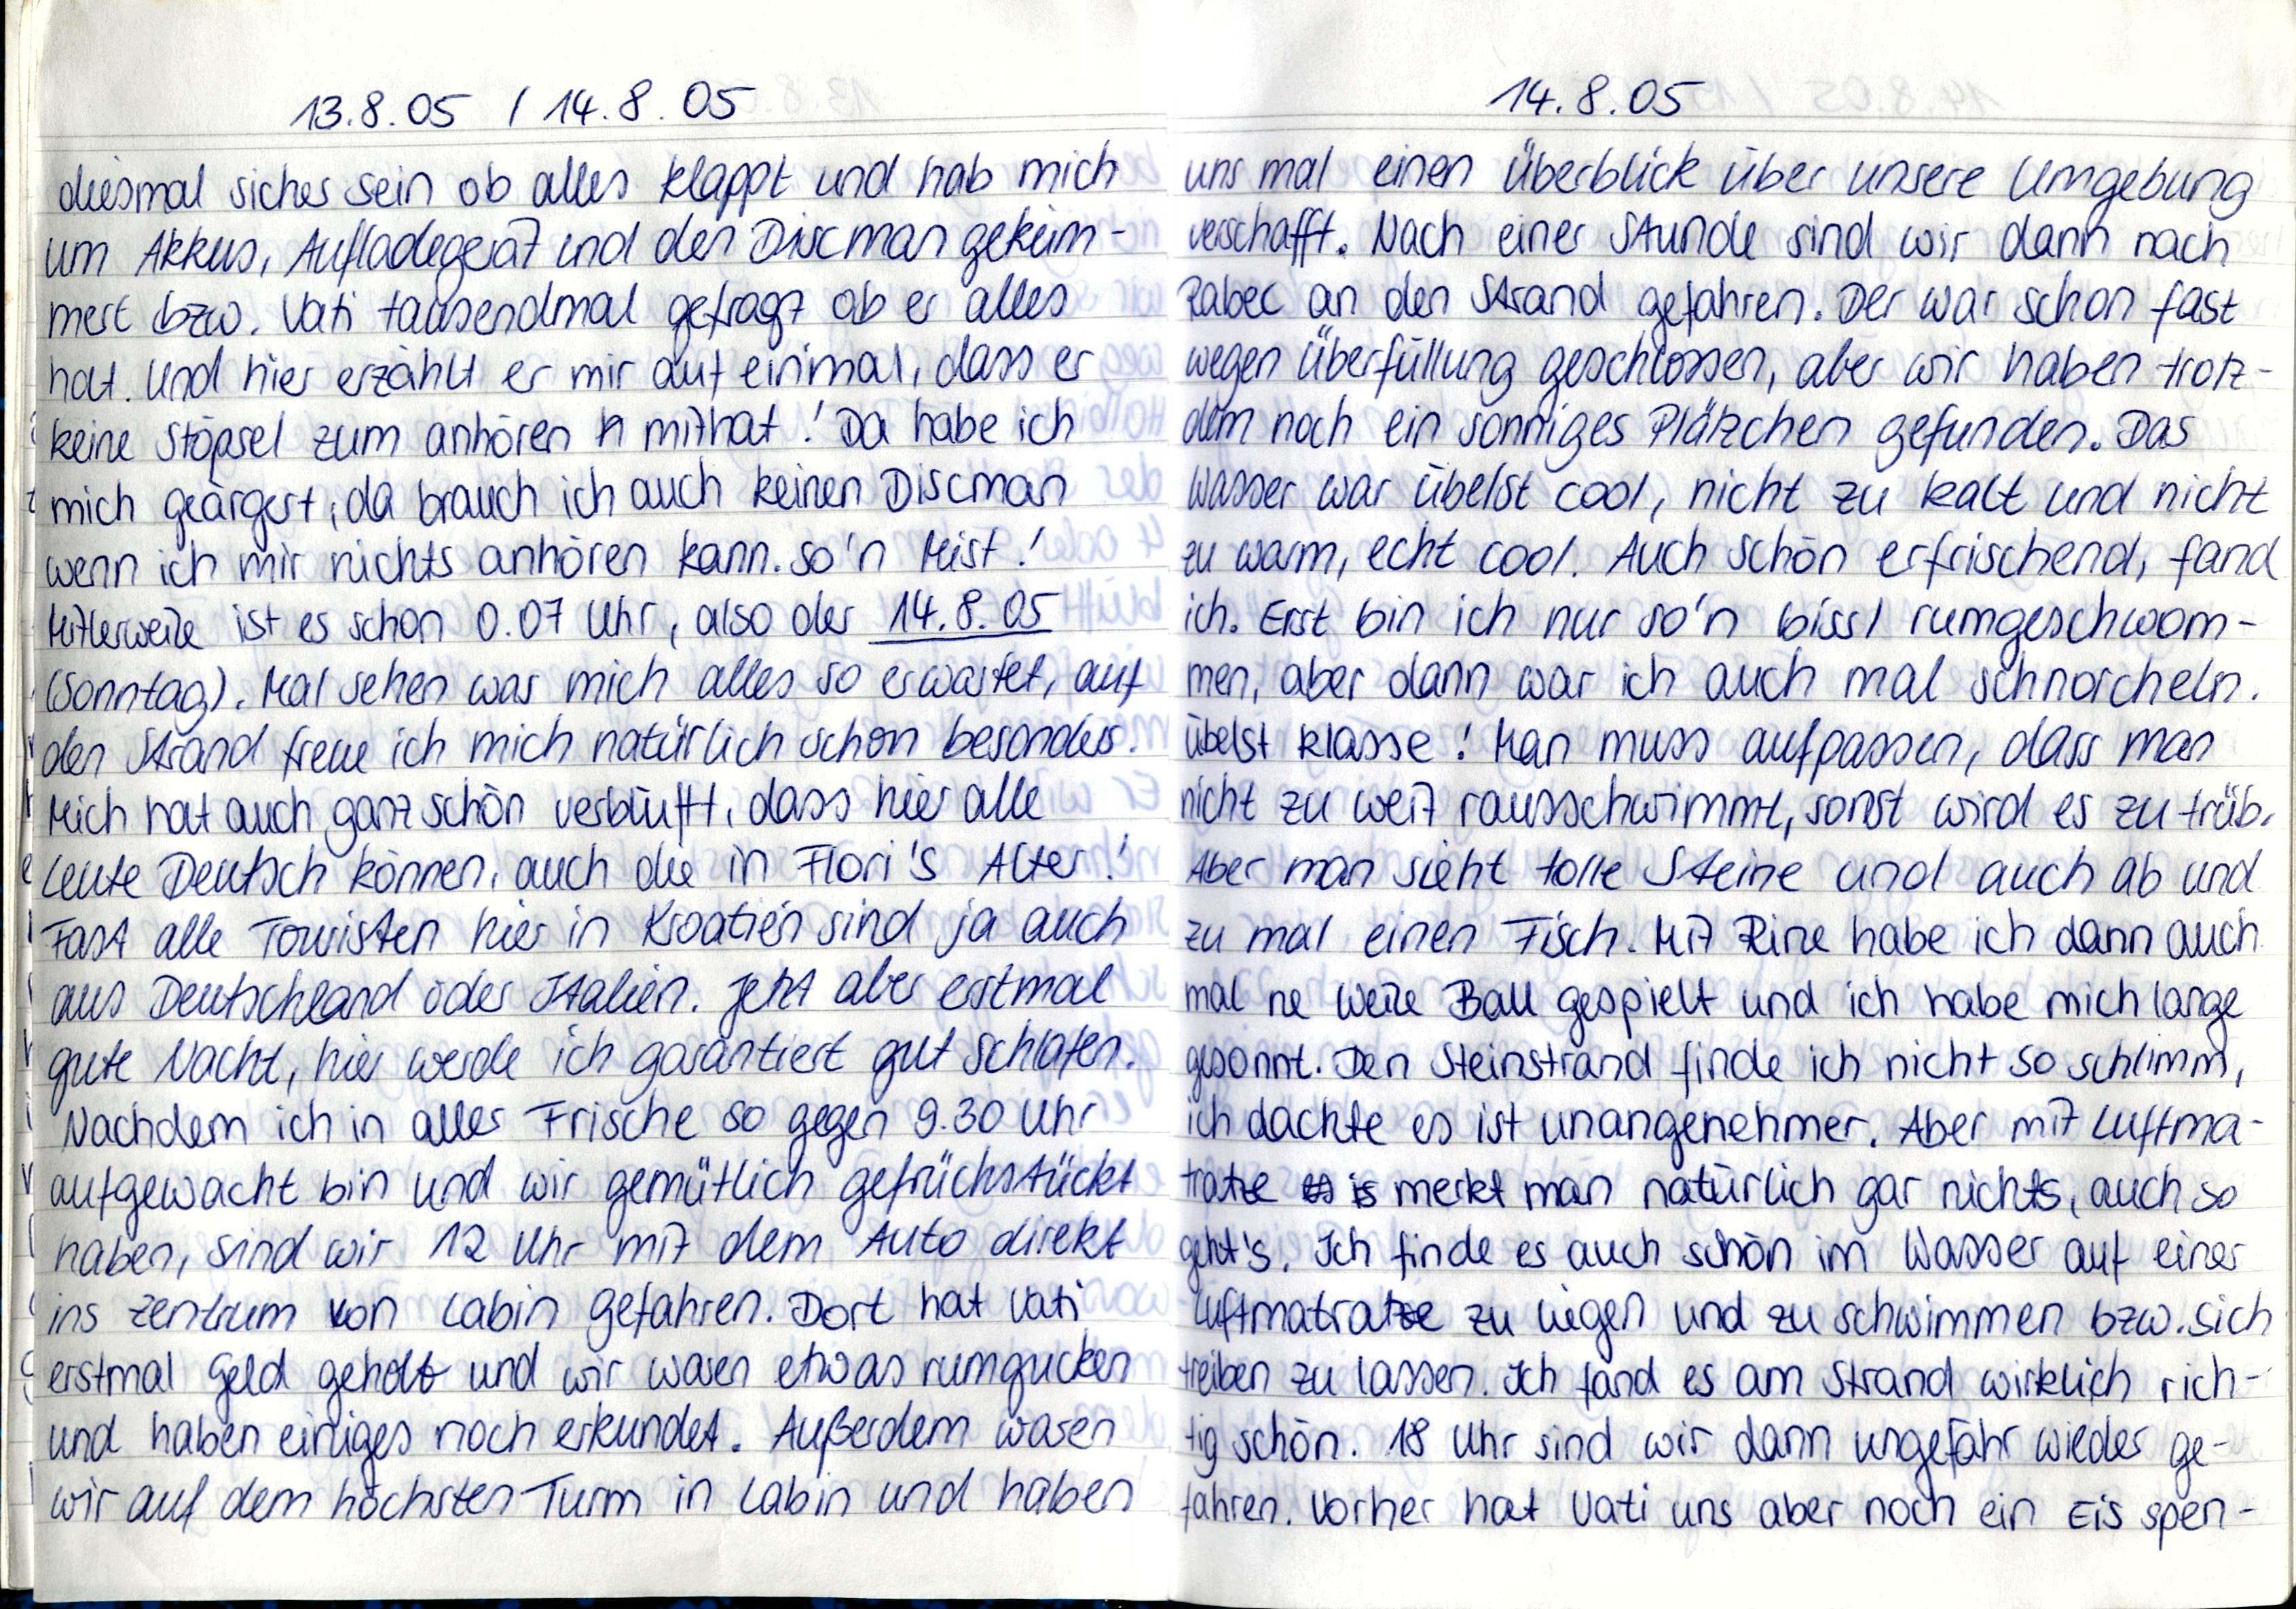
13.8.05 / 14.8.05
diesmal sicher sein ob alles klappt und hab mich
um Akkus, Aufladegerät und den Discman geküm-
mert bzw. Vati tausendmal gefragt ob er alles
hat. Und hier erzählt er mir auf einmal, dass er
keine Stöpsel zum anhören mithat! Da habe ich
mich geärgert, da brauch ich auch keinen Discman
wenn ich mir nichts anhören kann. So'n Mist!
Mittlerweile ist es schon 0.07 Uhr, also der 14.8.05
(Sonntag). Mal sehen was mich alles so erwartet, auf
den Strand freue ich mich natürlich schon besonders.
Mich hat auch ganz schön verblüfft, dass hier alle
Leute Deutsch können, auch die in Flori's Alter!
Fast alle Touristen hier in Kroatien sind ja auch
aus Deutschland oder Italien. Jetzt aber erstmal
gute Nacht, hier werde ich garantiert gut schlafen.
Nachdem ich in aller Frische so gegen 9.30 Uhr
aufgewacht bin und wir gemütlich gefrüchstückt
haben, sind wir 12 Uhr mit dem Auto direkt
ins Zentrum von Labin gefahren. Dort hat Vati
erstmal Geld geholt und wir waren etwas rumgucken
und haben einiges noch erkundet. Außerdem waren
wir auf dem höchsten Turm in Labin und haben

14.8.05
uns mal einen Überblick über unsere Umgebung
verschafft. Nach einer Stunde sind wir dann nach
Rabec an den Strand gefahren. Der war schon fast
wegen Überfüllung geschlossen, aber wir haben trotz-
dem noch ein sonniges Plätzchen gefunden. Das
Wasser war übelst cool, nicht zu kalt und nicht
zu warm, echt cool. Auch schön erfrischend, fand
ich. Erst bin ich nur so'n bissl rumgeschwom-
men, aber dann war ich auch mal schnorcheln
übelst Klasse! Man muss aufpassen, dass man
nicht zu weit rausschwimmt, sonst wird es zu trüb.
Aber man sieht tolle Steine und auch ab und
zu mal einen Fisch. Mit Rine habe ich dann auch
mal ne Weile Ball gespielt und ich habe mich lange
gesonnt. Den Steinstrand finde ich nicht so schlimm,
ich dachte es ist unangenehmer. Aber mit Luftma-
tratze merkt man natürlich gar nicht, auch so
geht's. Ich finde es auch schön im Wasser auf einer
Luftmatratze zu liegen und zu schwimmen bzw. sich
treiben zu lassen. Ich fand es am Strand wirklich rich-
tig schön. 18 Uhr sind wir dann ungefähr wieder ge-
fahren. Vorher hat Vati uns aber noch ein Eis spen-